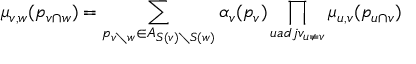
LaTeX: \mu _ { v , w } ( p _ { v \cap w } ) = \sum _ { p _ { v \setminus w } \in A _ { S ( v ) \setminus S ( w ) } } \alpha _ { v } ( p _ { v } ) \prod _ { u a d j v _ { u \neq v } } \mu _ { u , v } ( p _ { u \cap v } )